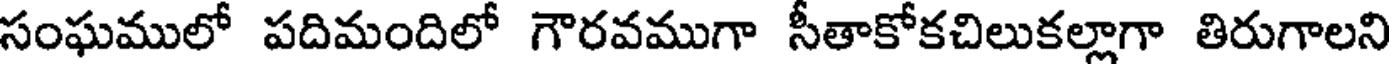
సంఘములో పదిమందిలో గౌరవముగా సీతాకోకచిలుకల్లాగా తిరుగాలని